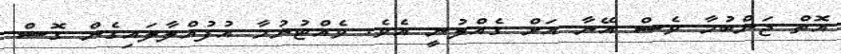
އޮތް ޖަންބުމާ ވެސް އޭނާ އަށް ގެއްލުނީ އެވެ. ވެއްޓުނުމާ އުފުއްލާލައިގެން ގޮސް